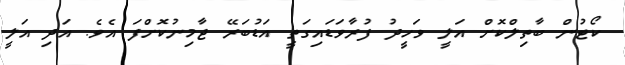
ކޯޓުން ބާތިލްކޮށް އަލީ ވަހީދު ފުރާވަޑައިގަތީ އަޑުބަރޭ ޖާމިނުކޮށްފަ އެވެ. އަދި އަލީ